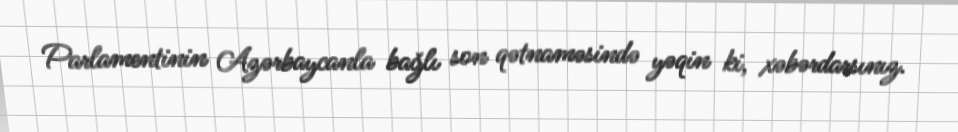
Parlamentinin Azərbaycanla bağlı son qətnaməsində yəqin ki, xəbərdarsınız.